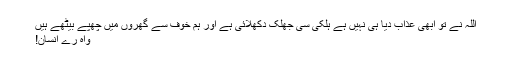
اللہ نے تو ابھی عذاب دیا ہی نہیں ہے ہلکی سی جھلک دکھلائی ہے اور ہم خوف سے گھروں میں چھپے بیٹھے ہیں
واہ رے انسان!